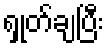
ရှုတ်ချပြီး